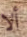
ألا